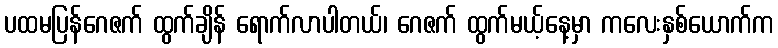
ပထမပြန်ဂေဇက် ထွက်ချိန် ရောက်လာပါတယ်၊ ဂေဇက် ထွက်မယ့်နေ့မှာ ကလေးနှစ်ယောက်က